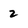
Character: 2